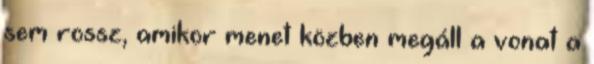
sem rossz, amikor menet közben megáll a vonat a